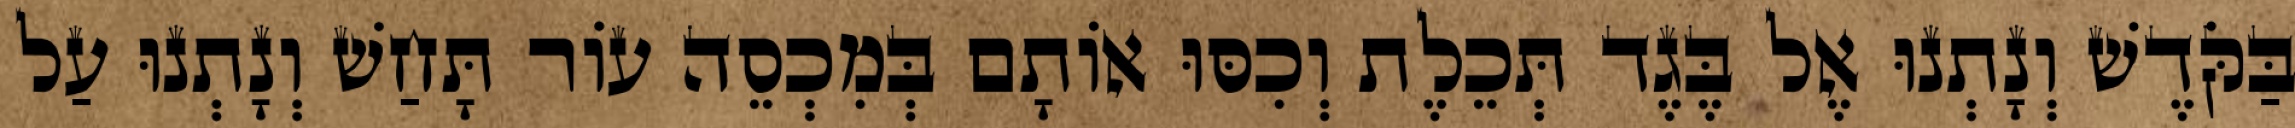
בַּקֹּדֶשׁ וְנָתְנוּ אֶל בֶּגֶד תְּכֵלֶת וְכִסּוּ אוֹתָם בְּמִכְסֵה עוֹר תָּחַשׁ וְנָתְנוּ עַל